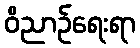
ဝိညာဉ်ရေးရာ